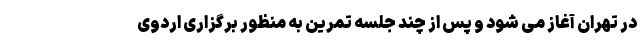
در تهران آغاز می شود و پس از چند جلسه تمرین به منظور برگزاری اردوی